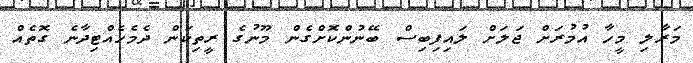
މަރާލި މީހާ އުމުރަށް ޖަލަށް ލައިފިބިސް ބޭނުންކޮށްގެން މޫނުގެ ރީތިކަން ދެމެހެއްޓިދާނެ ގޮތެއް